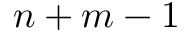
n + m - 1